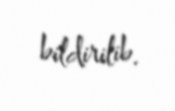
bildirilib.